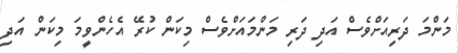
މަންމަ ދަރިއަށްވެސް އަދި ދަރި މަންމައަށްވެސް މިކަން ކުރޭ އެހެންވީމަ މިކަން އަދި